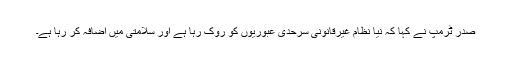
صدر ٹرمپ نے کہا کہ نیا نظام غیرقانونی سرحدی عبوریوں کو روک رہا ہے اور سلامتی میں اضافہ کر رہا ہے۔